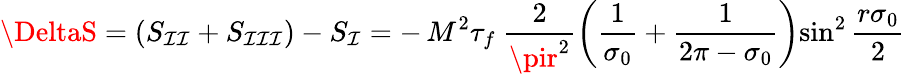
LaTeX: \DeltaS=(S_{\mathcal{I}\mathcal{I}}+S_{\mathcal{I}\mathcal{I}\mathcal{I}})-S_{\mathcal{I}}=-\, M^{2}\tau_{f}~\frac{{2}}{{\pir^{2}}}\left(\frac{{1}}{{\sigma_{0}}}+\frac{{1}}{{2\pi-\sigma_{0}}}\right){\sin}^{2}\, \frac{{r\sigma_{0}}}{{2}}